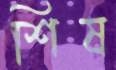
শিষ